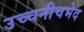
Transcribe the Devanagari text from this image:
उच्चनीचभेद